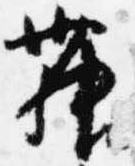
舞